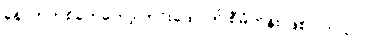
နောက်တစ်ခုကတော့ ကင်းထောက် စီမံကိန်း ဖြစ်ပါတယ်။